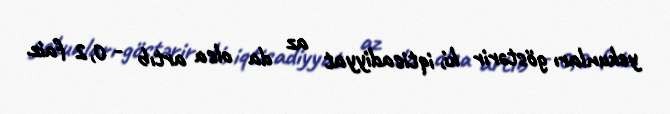
yekunları göstərir ki, iqtisadiyyat az da olsa artıb - 0,2 faiz.